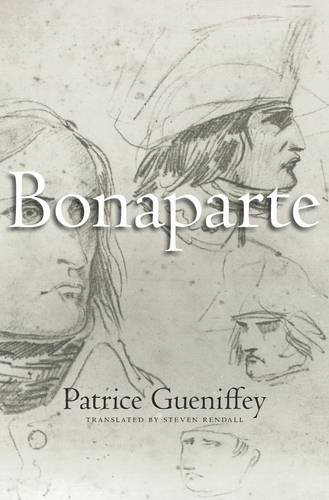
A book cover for Bonaparte: 1769-1802; Patrice Gueniffey; History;